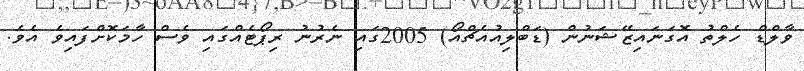
ވާލްޑް ހެލްތު އޮގަނައިޒޭޝަނުން (ޑަބްލިއުއެޗްއޯ) 2005ގައި ނެރުނު ރިޕޯޓެއްގައި ވެސް ހާމަކޮށްފައިވެ އެވެ.